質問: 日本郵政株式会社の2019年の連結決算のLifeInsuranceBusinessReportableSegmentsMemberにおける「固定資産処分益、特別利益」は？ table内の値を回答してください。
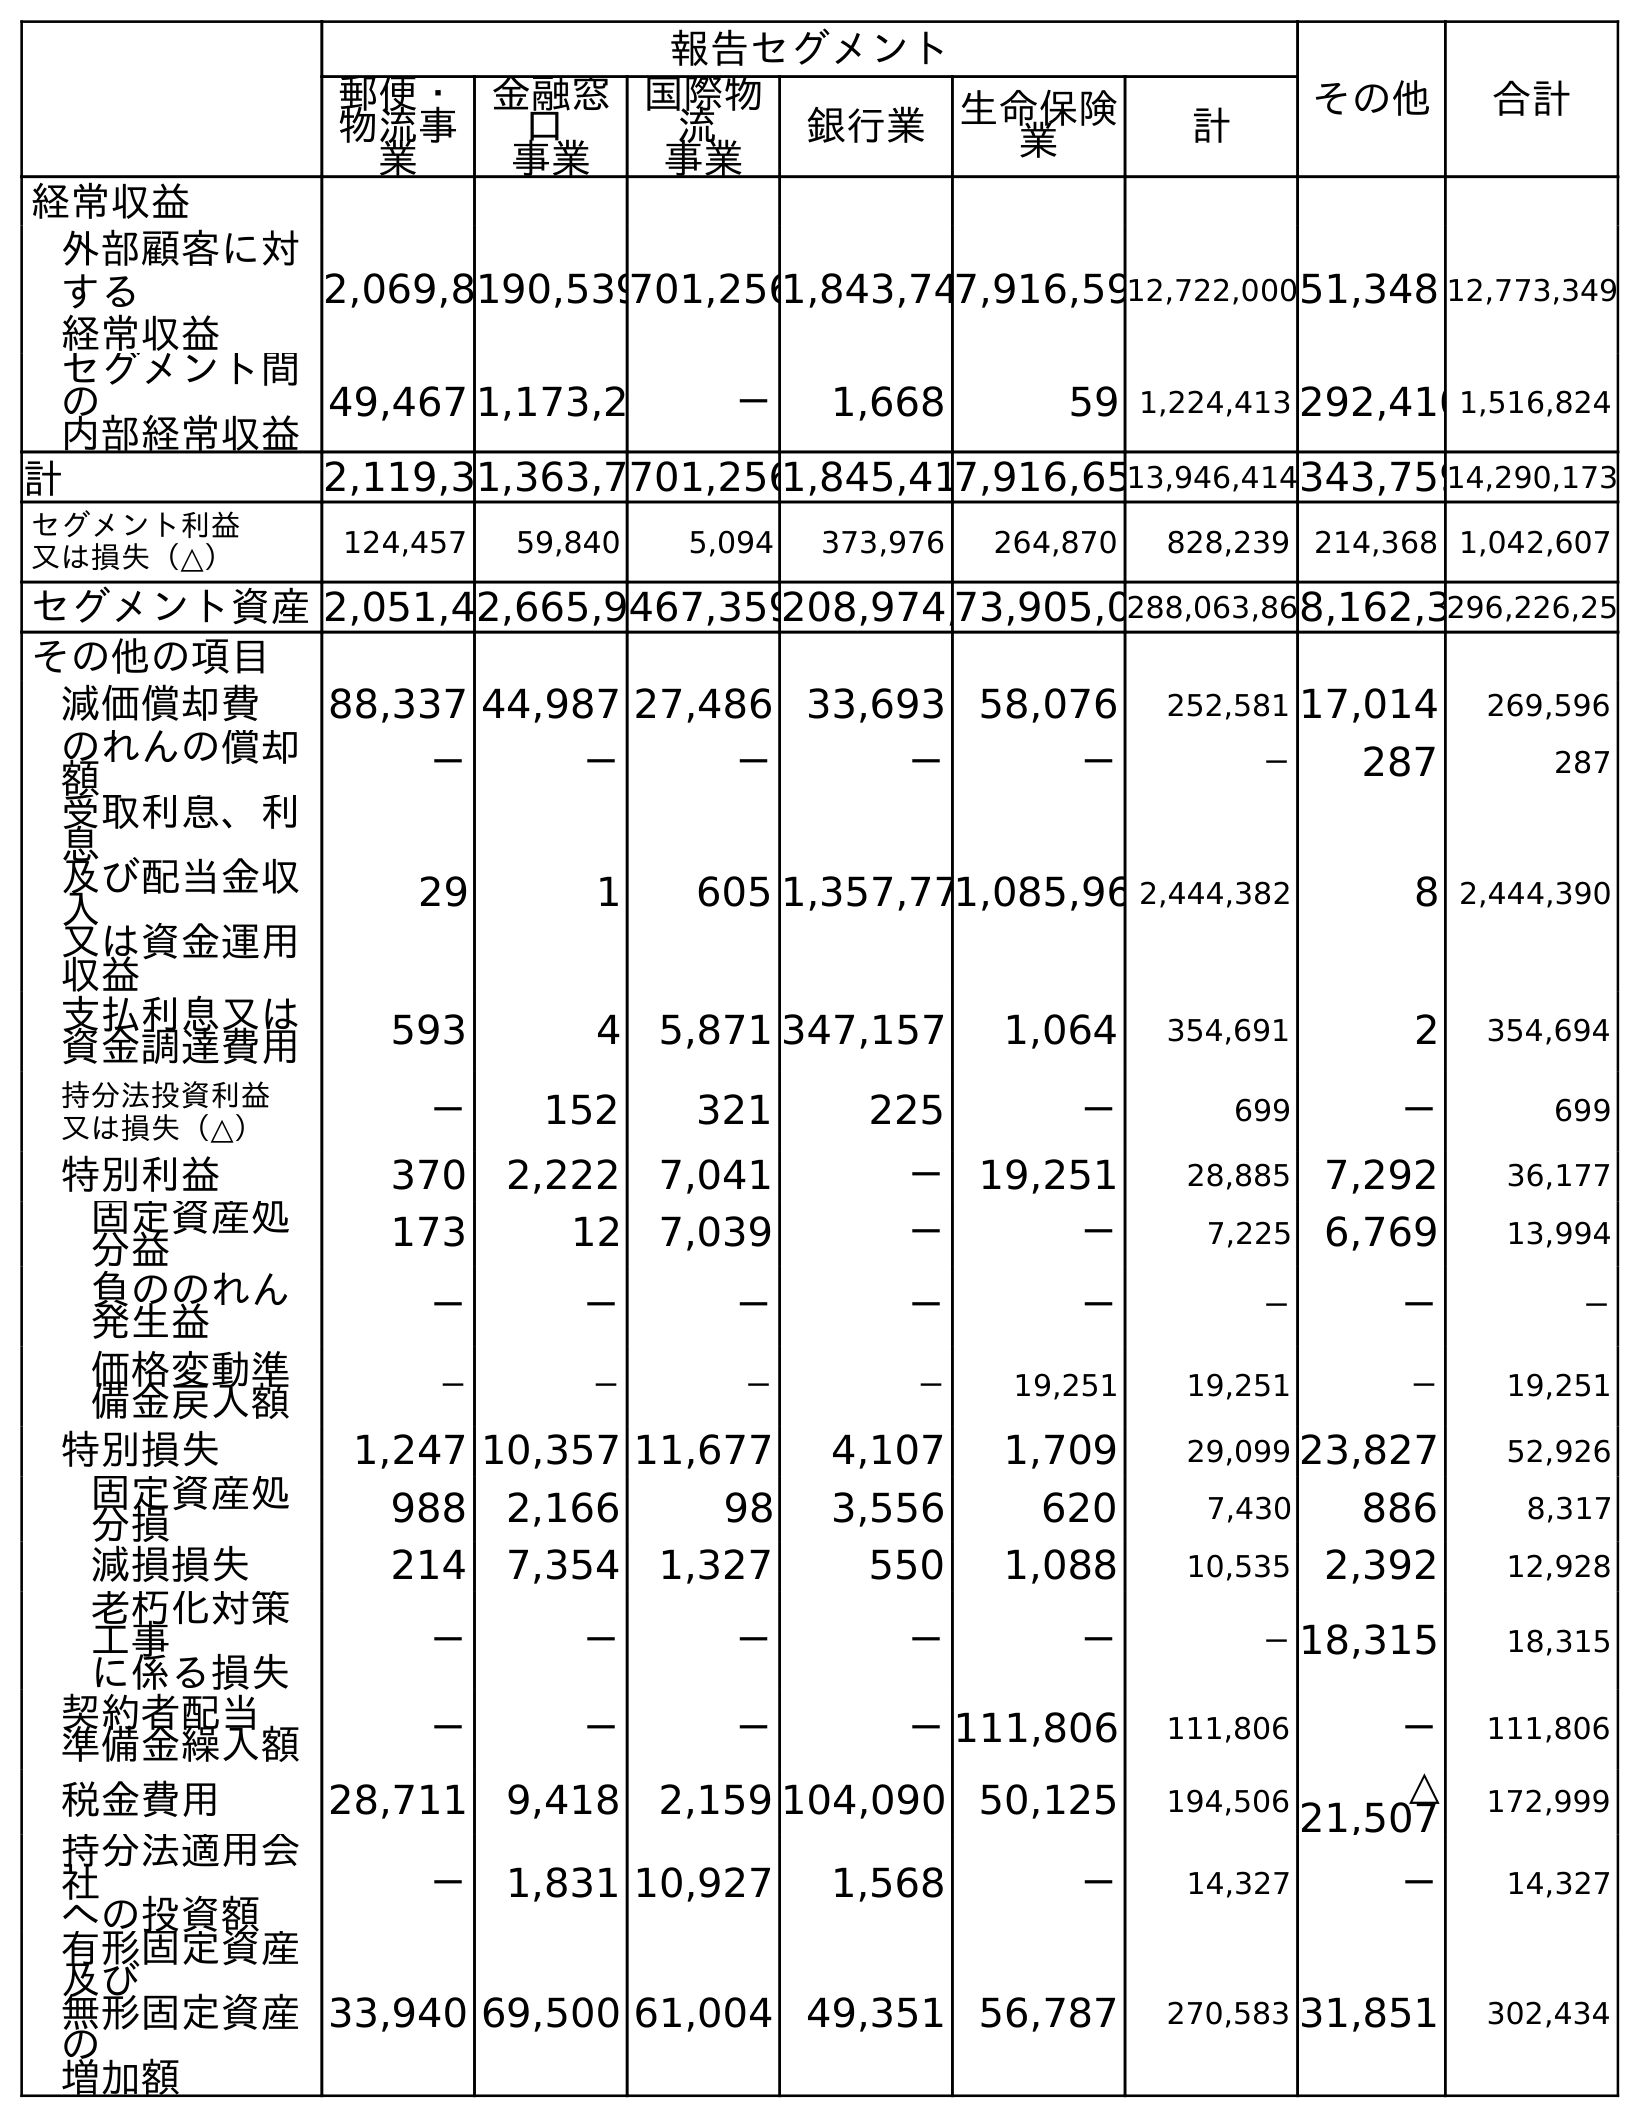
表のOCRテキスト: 報告セグメント その他 合計 郵便・ 物流事 業 金融窓 口 事業 国際物 流 事業 銀行業 生命保険 業 計 経常収益 外部顧客に対 する 経常収益 2,069,8190,539701,2561,843,747,916,5912,722,00051,348 12,773,349 セグメント間 の 内部経常収益 49,467 1,173,2 － 1,668 59 1,224,413 292,4101,516,824 計 2,119,31,363,7701,2561,845,417,916,6513,946,414343,75914,290,173 セグメント利益 又は損失（△） 124,457 59,840 5,094 373,976 264,870 828,239 214,368 1,042,607 セグメント資産2,051,42,665,9467,359208,974,73,905,0288,063,868,162,3296,226,25 その他の項目 減価償却費 88,337 44,987 27,486 33,693 58,076 252,581 17,014 269,596 のれんの償却 額 － － － － － － 287 287 受取利息、利 息 及び配当金収 入 又は資金運用 収益 29 1 605 1,357,771,085,96 2,444,382 8 2,444,390 支払利息又は 資金調達費用 593 4 5,871 347,157 1,064 354,691 2 354,694 持分法投資利益 又は損失（△） － 152 321 225 － 699 － 699 特別利益 370 2,222 7,041 － 19,251 28,885 7,292 36,177 固定資産処 分益 173 12 7,039 － － 7,225 6,769 13,994 負ののれん 発生益 － － － － － － － － 価格変動準 備金戻入額 － － － － 19,251 19,251 － 19,251 特別損失 1,247 10,357 11,677 4,107 1,709 29,099 23,827 52,926 固定資産処 分損 988 2,166 98 3,556 620 7,430 886 8,317 減損損失 214 7,354 1,327 550 1,088 10,535 2,392 12,928 老朽化対策 工事 に係る損失 － － － － － －18,315 18,315 契約者配当 準備金繰入額 － － － －111,806 111,806 － 111,806 税金費用 28,711 9,418 2,159 104,090 50,125 194,506 △ 21,507 172,999 持分法適用会 社 への投資額 － 1,831 10,927 1,568 － 14,327 － 14,327 有形固定資産 及び 無形固定資産 の 増加額 33,940 69,500 61,004 49,351 56,787 270,583 31,851 302,434
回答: －